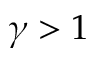
\gamma > 1